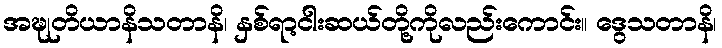
အဍ္ဎုတိယာနိသတာနိ၊ နှစ်ရာ့ငါးဆယ်တို့ကိုလည်းကောင်း။ ဒွေသတာနိ၊